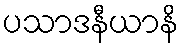
ပသာဒနီယာနိ